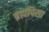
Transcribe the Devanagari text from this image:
ब्रह्मपिसा